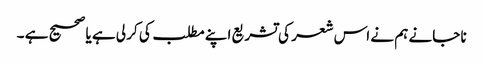
نا جانے ہم نے اس شعر کی تشریع اپنے مطلب کی کر لی ہے یا صحیح ہے ۔